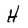
Character: H